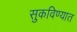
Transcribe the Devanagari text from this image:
सुकविण्यात